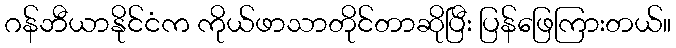
ဂန်ဘီယာနိုင်ငံက ကိုယ်ဖာသာတိုင်တာဆိုပြီး ပြန်ဖြေကြားတယ်။